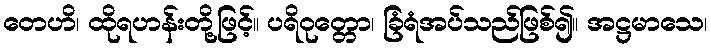
တေဟိ၊ ထိုရဟန်းတို့ဖြင့်။ ပရိဝုတ္တော၊ ခြံရံအပ်သည်ဖြစ်၍။ အဋ္ဌမာသေ၊